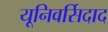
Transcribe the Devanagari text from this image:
यूनिवर्सिदाद